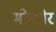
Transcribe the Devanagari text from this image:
मोट्येर